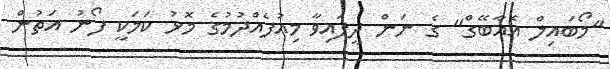
"މޯބައިލް އެއާބޭގް" ގެ ނަން ދީފައިވާ މިއުފެއްދުމުގެ މޮޅު ކަމަކީ ފޯނު އަތުން